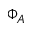
\Phi _ { A }